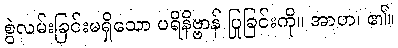
စွဲလမ်းခြင်းမရှိသော ပရိနိဗ္ဗာန် ပြုခြင်းကို။ အာဟ၊ ၏။